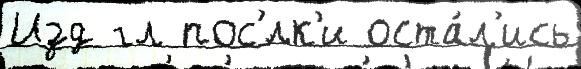
Изд гл пос'́лк'и оста́л'ись